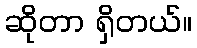
ဆိုတာ ရှိတယ်။